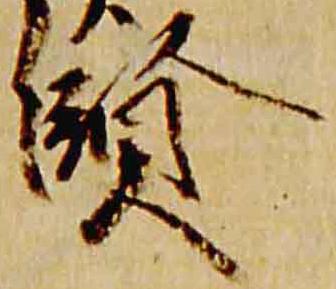
賢